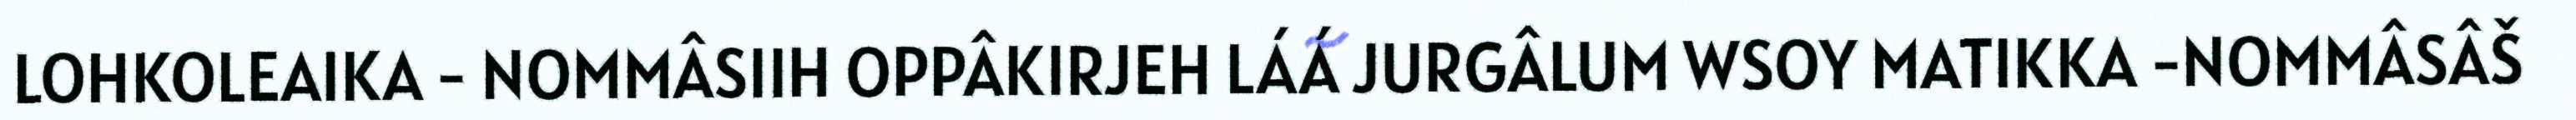
LOHKOLEAIKA - NOMMÂSIIH OPPÂKIRJEH LÁÁ JURGÂLUM WSOY MATIKKA -NOMMÂSÂŠ